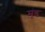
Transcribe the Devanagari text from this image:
मूंड